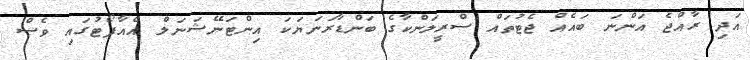
އަދި ރާއްޖެ އަންނަ ބައެއް ޖެޓުތައް ސްރީލަންކާގެ ބަންޑާރަނަޔަކަ އިންޓަނޭޝަނަލް އެއާޕޯޓުގައި ވެސް